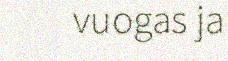
vuogas ja